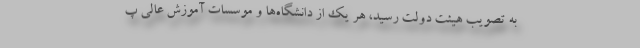
به تصویب هیئت دولت رسید، هر یک از دانشگاه‌ها و موسسات آموزش عالی پ